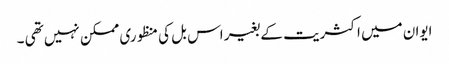
ایوان میں اکثریت کے بغیر اس بل کی منظوری ممکن نہیں تھی ۔